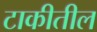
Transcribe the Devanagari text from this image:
टाकीतील